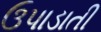
ઉપાડાતી